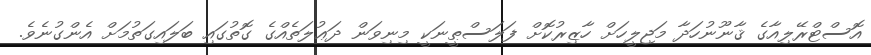
އޮސްޓްރޭލިއާގެ ޤާނޫނުހަދާ މަޖިލީހަށް ހާޒިރުކޮށް ފަލަސްޠީނަކީ މިނިވަން ދަޢުލަތެއްގެ ގޮތުގައި ބަލައިގަތުމަށް އެންގުނެވެ.